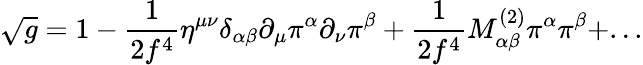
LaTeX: \sqrt{g}=1-\frac{1}{2f^{4}}\eta^{\mu\nu}\delta_{\alpha\beta}\partial_{\mu}\pi^{\alpha}\partial_{\nu}\pi^{\beta}+\frac{1}{2f^{4}}M_{\alpha\beta}^{(2)}\pi^{\alpha}\pi^{\beta}+...